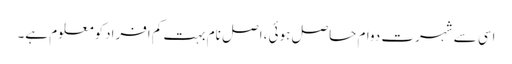
اسی سے شہرت دوام حاصل ہوئی ،اصل نام بہت کم افرادکومعلوم ہے۔